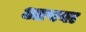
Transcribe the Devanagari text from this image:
आपवा